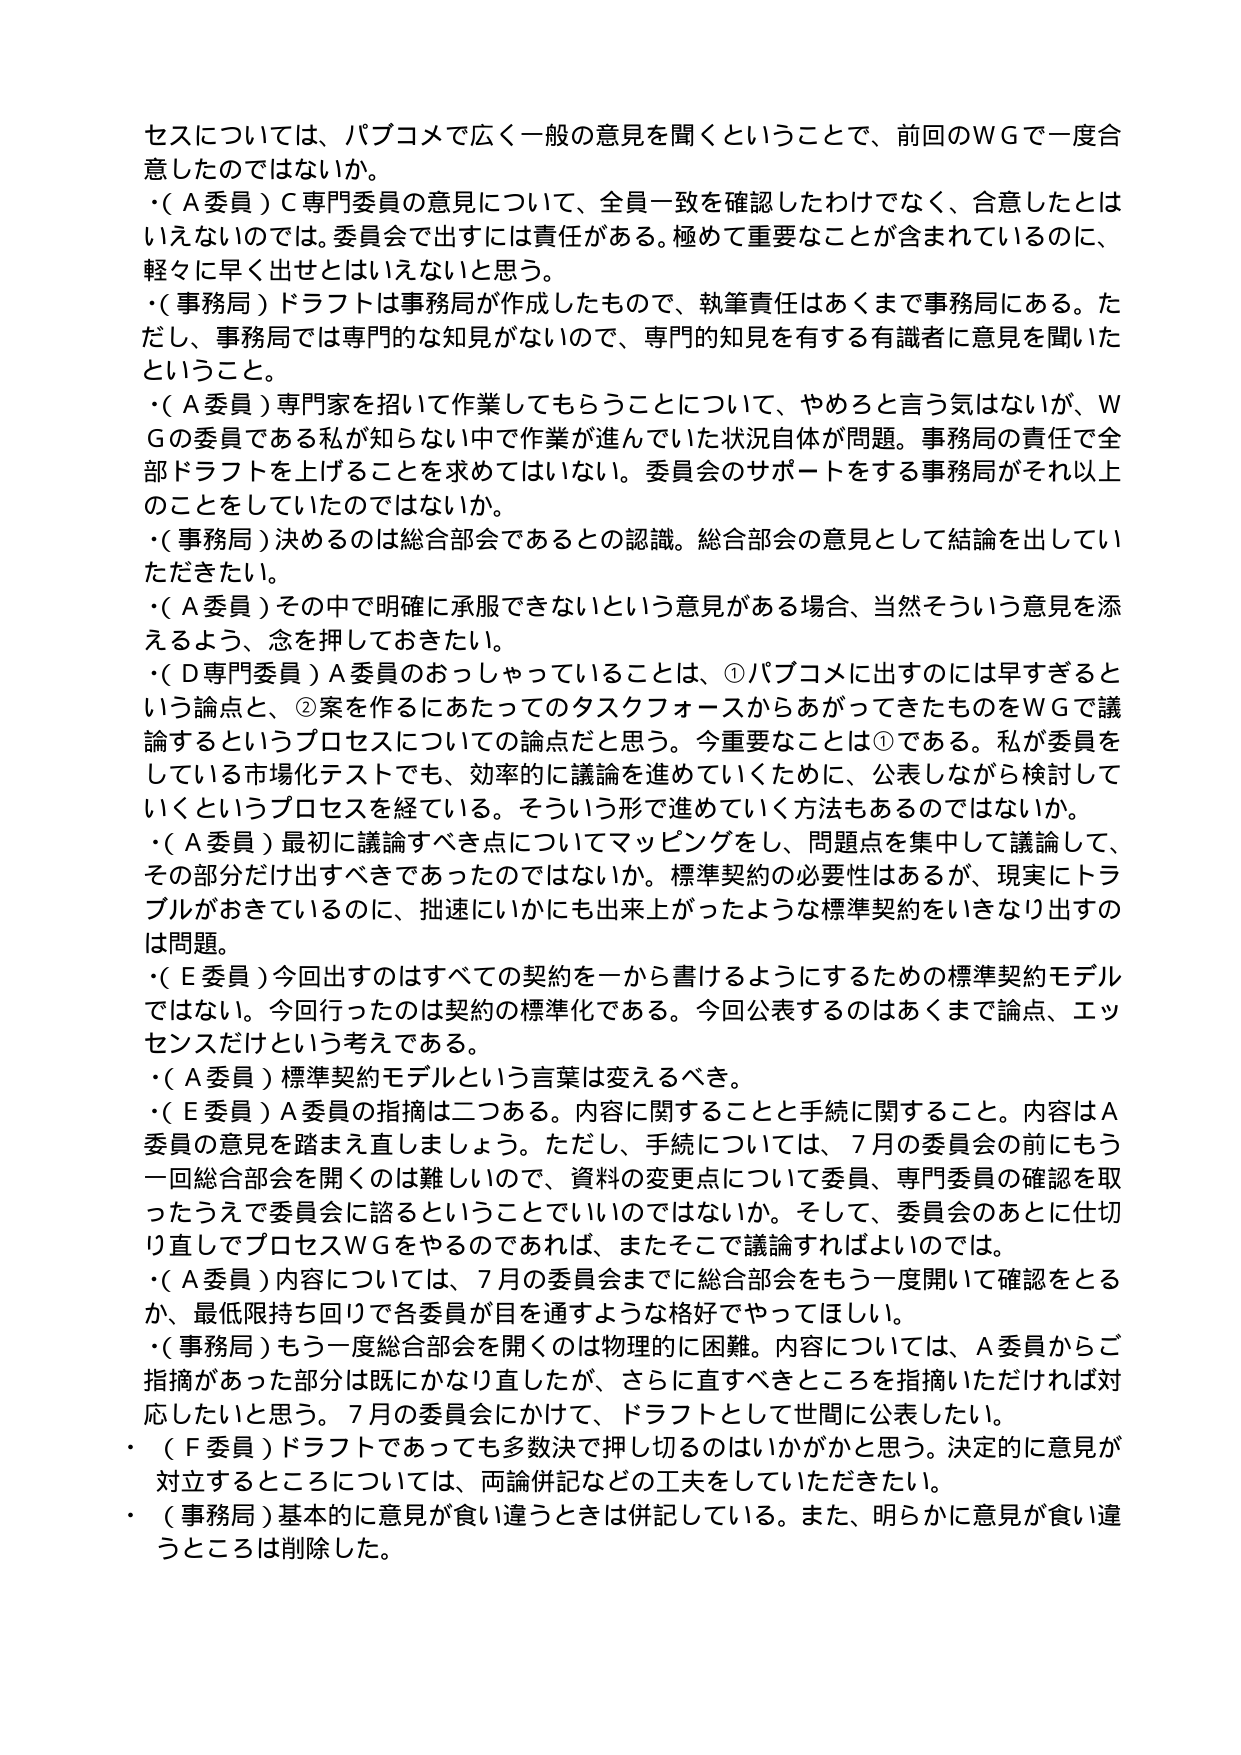
セスについては、パブコメで広く一般の意見を聞くということで、前回のＷＧで一度合意したのではないか。
・（Ａ委員）Ｃ専門委員の意見について、全員一致を確認したわけではなく、合意したとはいえないのでは。委員会で出すには責任がある。極めて重要なことが含まれているのに、軽々に早く出せとはいえないと思う。
・（事務局）ドラフトは事務局が作成したもので、執筆責任はあくまで事務局にある。ただし、事務局では専門的な知見がないので、専門的知見を有する有識者に意見を聞いたということ。
・（Ａ委員）専門家を招いて作業してもらうことについて、やめろと言う気はないが、ＷＧの委員である私が知らない中で作業が進んでいた状況自体が問題。事務局の責任で全部ドラフトを上げることを求めてはいない。委員会のサポートをする事務局がそれ以上のことをしていただけないか。
・（事務局）決めるのは総合部会であるとの認識。総合部会の意見として結論を出していただきたい。
・（Ａ委員）その中で明確に承服できないという意見がある場合、当然そういう意見を添えるよう、念を押しておきたい。
・（Ｄ専門委員）Ａ委員のおっしゃっていることは、①パブコメに出すのには早すぎるという論点と、②案を作るにあたってのタスクフォースからあがってきたものをＷＧで議論するというプロセスについての論点だと思う。今重要なことは①である。私が委員をしている市場化テストでも、効率的に議論を進めていくために、公表しながら検討していくというプロセスを経ている。そういう形で進めていく方法もあるのではないか。
・（Ａ委員）最初に議論すべき点についてマッピングをし、問題点を集中して議論して、その部分だけ出すべきであったのではないか。標準契約の必要性はあるが、現実にトラブルがおきているのに、拙速にいかにも出来上がったような標準契約をいきなり出すのは問題。
・（Ｅ委員）今回出すのはすべての契約を一から書けるようにするための標準契約モデルではない。今回行ったのは契約の標準化である。今回公表するのはあくまで論点、エッセンスだけという考えである。
・（Ａ委員）標準契約モデルという言葉は変えるべき。
・（Ｅ委員）Ａ委員の指摘は二つある。内容に関することと手続に関すること。内容はＡ委員の意見を踏まえ直しましょう。ただし、手続については、７月の委員会の前にもう一回総合部会を開くのは難しいので、資料の変更点について委員、専門委員の確認を取ったうえで委員会に諮るというとでもいいのではないかな。そして、委員会のあとに仕切り直してプロセスＷＧをやるのであれば、またそこで議論すればよいのでは。
・（Ａ委員）内容については、７月の委員会までに総合部会をもう一度開いて確認をとるか、最低限持ち回りで各委員が目を通すような格好でやってほしい。
・（事務局）もう一度総合部会を開くのは物理的に困難。内容については、Ａ委員からご指摘があった部分は既にかなり直したが、さらに直すべきところを指摘いただければ対応したいと思う。７月の委員会にかけて、ドラフトとして世間に公表したい。
・（Ｆ委員）ドラフトであっても多数決で押し切るのはいかがかと思う。決定的に意見が対立するところについては、両論併記などの工夫をしていただきたい。
・（事務局）基本的に意見が食い違うときは併記している。また、明らかに意見が食い違うところは削除した。